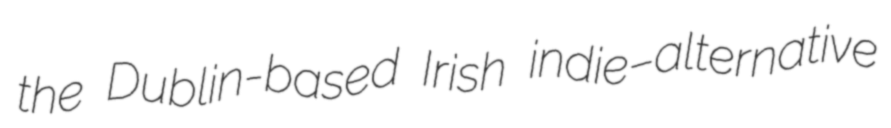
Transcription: the Dublin-based Irish indie–alternative